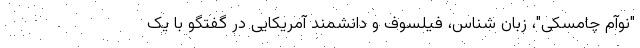
"نوآم چامسکی"، زبان شناس، فیلسوف و دانشمند آمریکایی در گفتگو با یک